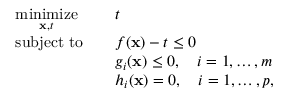
{ \begin{array} { r l r l } & { { \underset { \mathbf { x } , t } { \operatorname { m i n i m i z e } } } } & & { t } \\ & { \operatorname { s u b j e c t \ t o } } & & { f ( \mathbf { x } ) - t \leq 0 } \\ & { } & & { g _ { i } ( \mathbf { x } ) \leq 0 , \quad i = 1 , \dots , m } \\ & { } & & { h _ { i } ( \mathbf { x } ) = 0 , \quad i = 1 , \dots , p , } \end{array} }